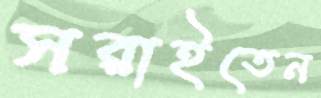
সরাইতেন